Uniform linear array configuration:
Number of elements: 8
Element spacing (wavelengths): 0.75
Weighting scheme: cosine
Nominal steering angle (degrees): -15
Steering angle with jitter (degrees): -14.105
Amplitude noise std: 0.05
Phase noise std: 0.05

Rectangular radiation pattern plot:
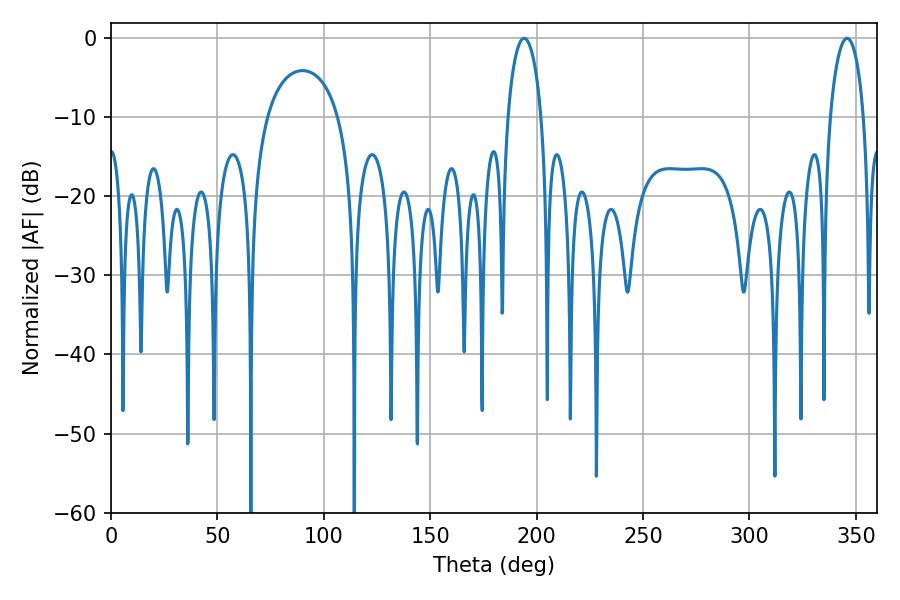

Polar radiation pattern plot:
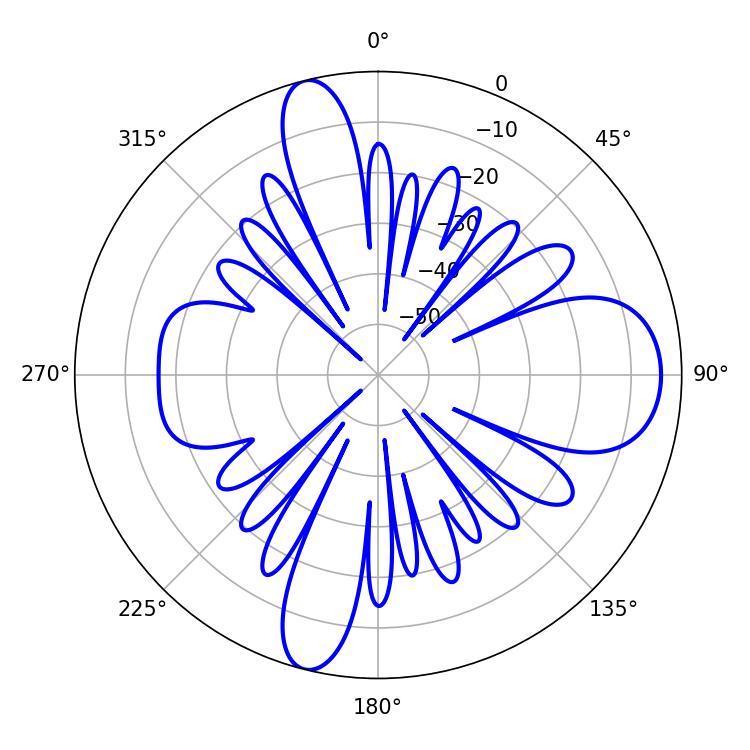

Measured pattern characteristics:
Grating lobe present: TRUE
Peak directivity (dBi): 13.991
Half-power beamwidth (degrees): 9
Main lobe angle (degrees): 194.04